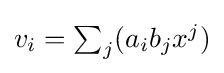
{\textstyle v_{i}=\sum _{j}(a_{i}b_{j}x^{j})}